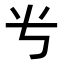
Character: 𬺸